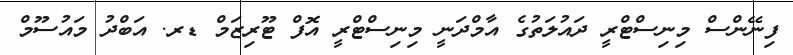
ފިނޭންސް މިނިސްޓްރީ ދައުލަތުގެ އާމްދަނީ މިނިސްޓްރީ އޮފް ޓޫރިޒަމް ޑރ. އަބްދު މައުސޫމް